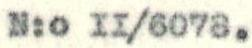
N:o II/6078.